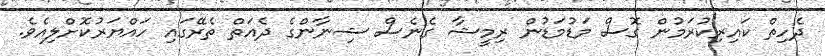
ދެހިތް ކައިރިކުރަމުން ގޮސް މަޑުމަޑުން ރިމީޝާ ގެނެސް ޝިނާންގެ ދެއަތް ތެރޭގައި ހައްޔަރުކޮށްލިއެވެ.